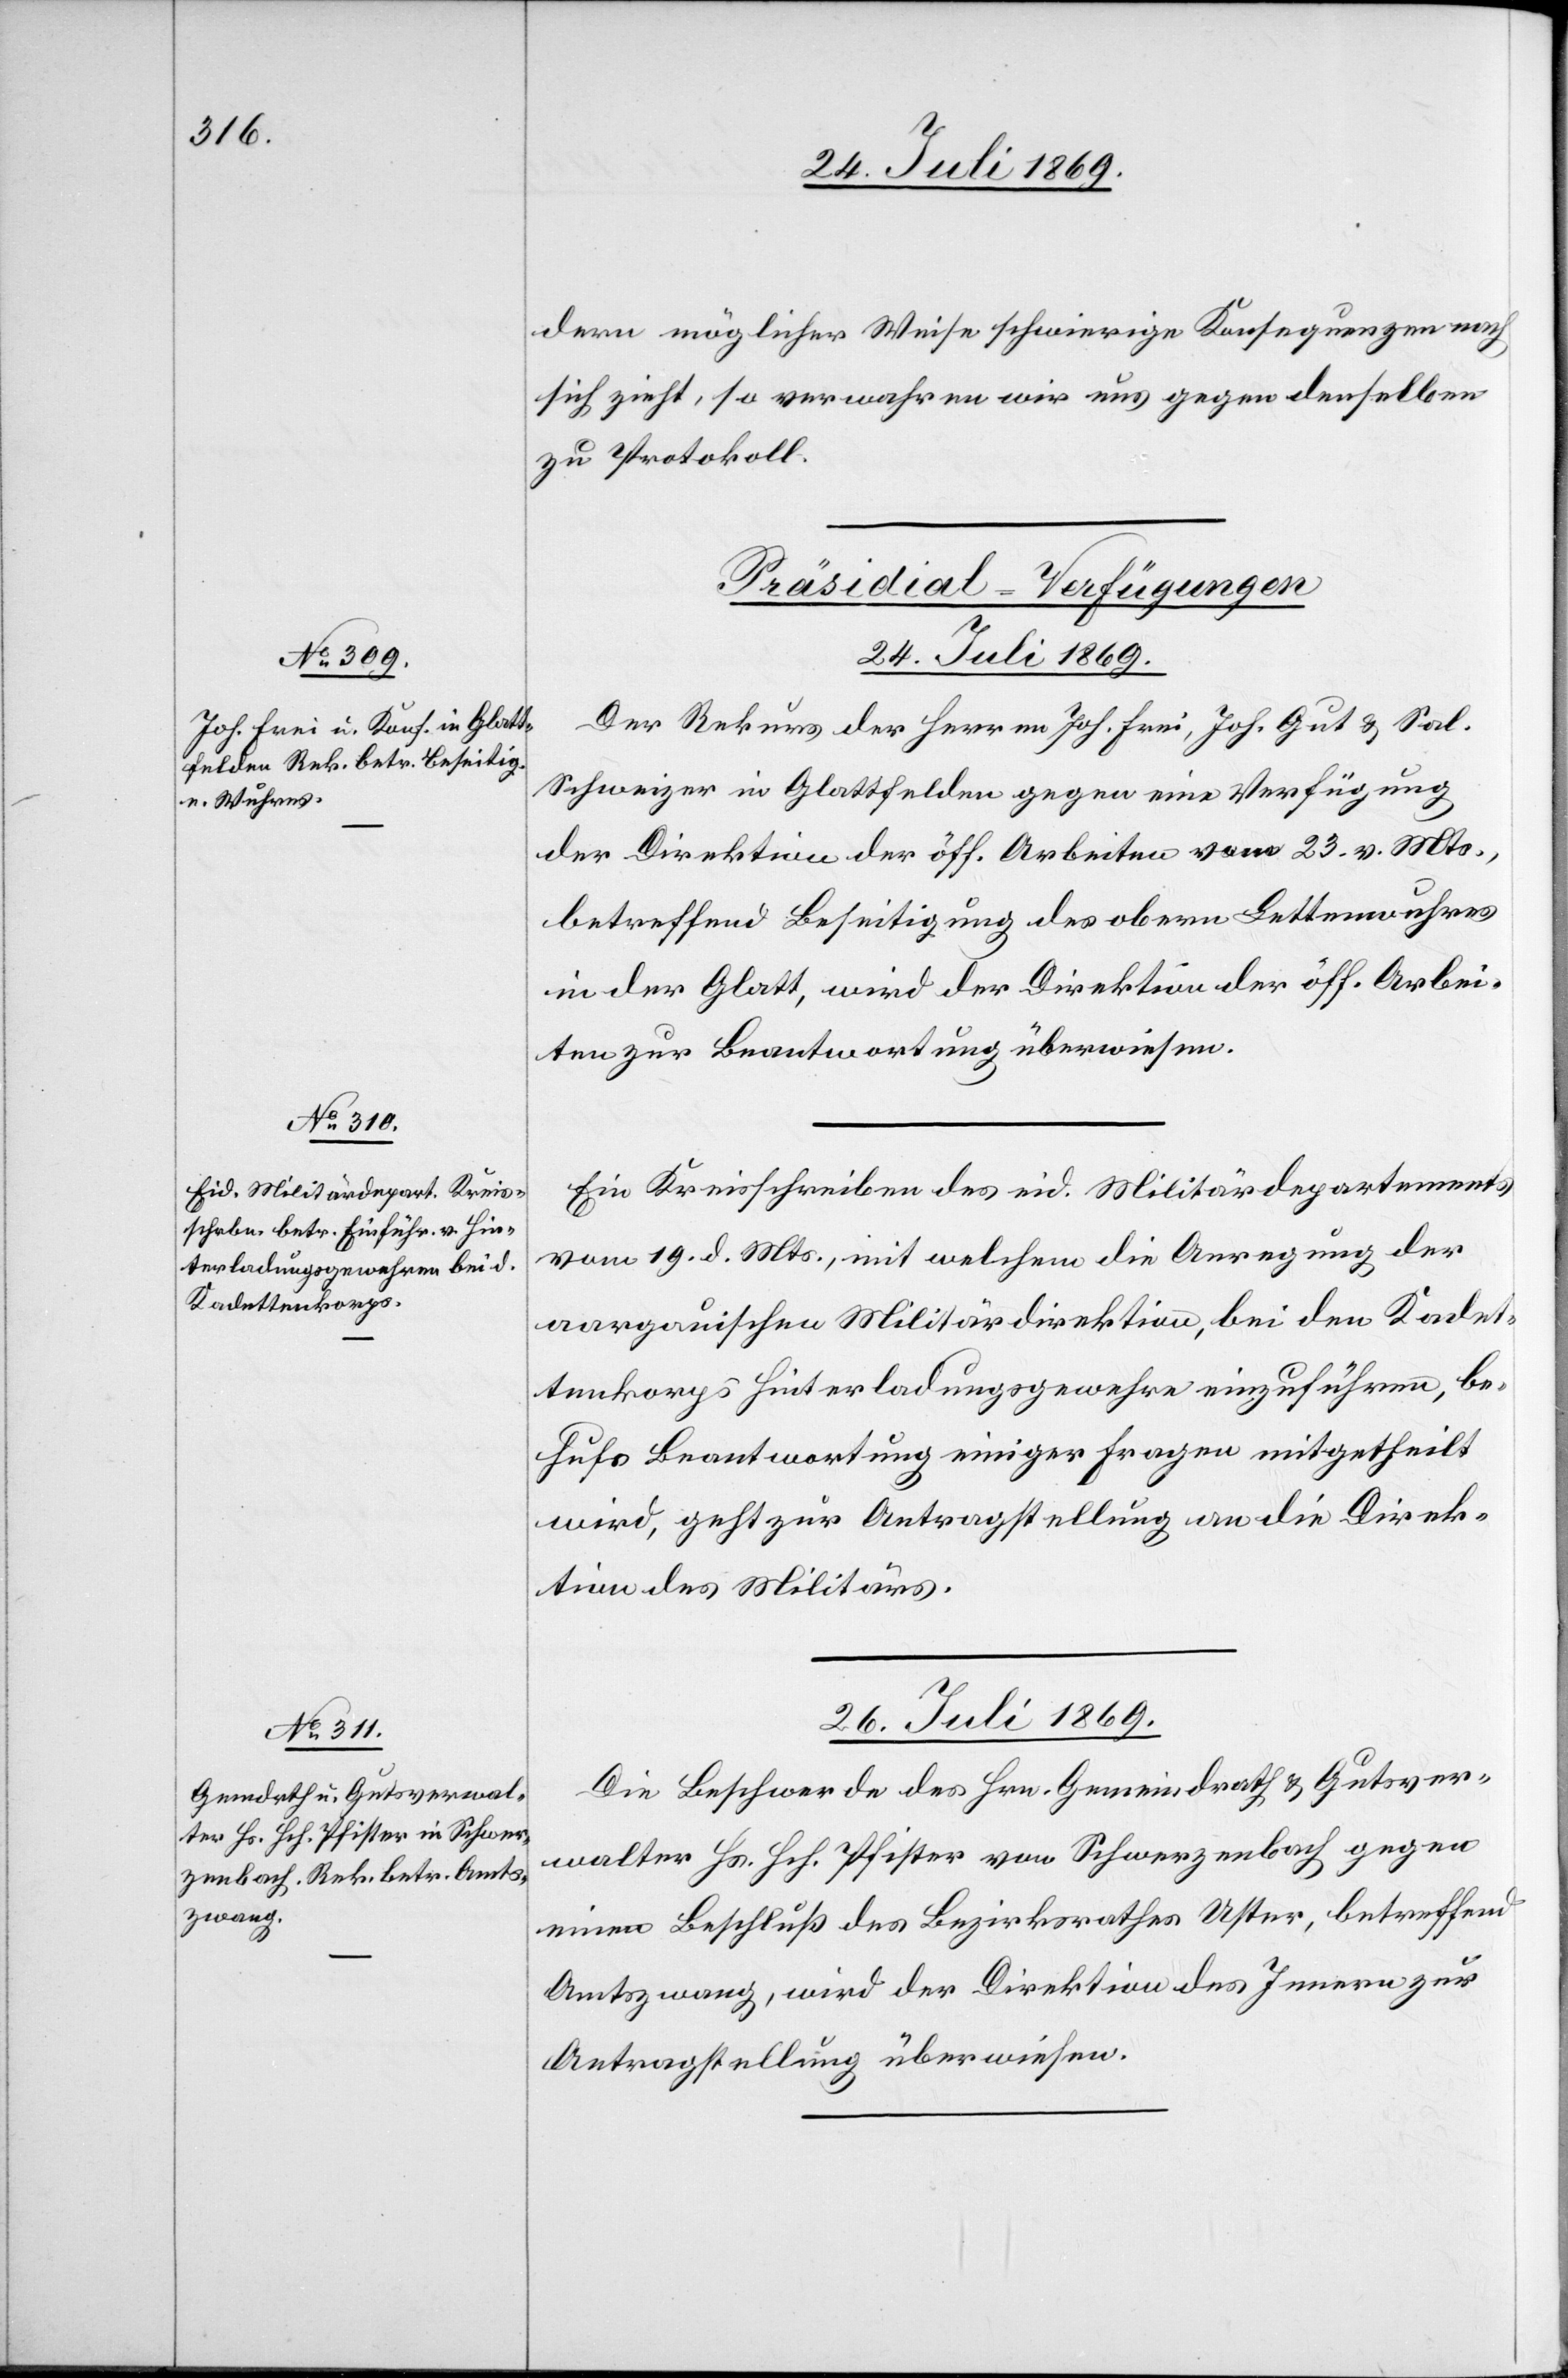
26. Juli 1869.
dern möglicher Weise schwierige Konsequenzen nach
sich zieht, so verwahren wir uns gegen denselben
zu Protokoll.
[Präsidial-Verfügungen.]
24. Juli 1869.]
Der Rekurs der Herren Joh. Frei, Joh. Gut u. Sal.
Schweizer in Glattfelden gegen eine Verfügung
der Direktion der öff. Arbeiten vom 23. v. Mts.,
betreffend Beseitigung des obern Letttenwuhres
in der Glatt, wird der Direktion der öff. Arbei¬
ten zur Beantwortung überwiesen.
Ein Kreisschreiben des eid. Militärdepartements
vom 19. d. Mts., mit welchem die Anregung der
aargauischen Militärdirektion, bei den Kadet¬
tenkorps Hinterladungsgewehre einzuführen, be¬
hufs Beantwortung einiger Fragen mitgetheilt
wird, geht zur Antragstellung an die Direk¬
tion des Militärs.
Die Beschwerde des Hrn. Gemeindrath u Gutsver¬
walter Hs. Hch. Pfister von Schwerzenbach gegen
einen Beschluß des Bezirksrathes Uster, betreffend
Amtszwang, wird der Direktion des Innern zur
Antragstellung überwiesen.